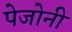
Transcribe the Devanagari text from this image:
पेजोनी